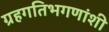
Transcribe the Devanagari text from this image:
ग्रहगतिभगणांशी